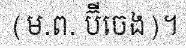
(ម.ព. ប៊ីចេង)។